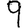
Digit: 9